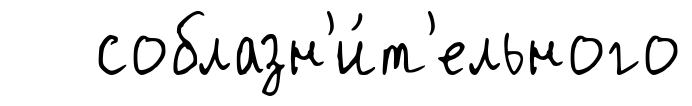
соблазн'и́т'ельного